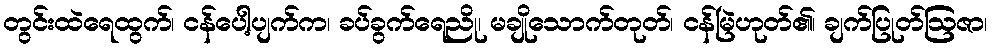
တွင်းထဲရေထွက်၊ ငန်ပေါ့ပျက်က၊ ခပ်ခွက်ရေညို၊ မချိုသောက်တုတ်၊ ငန်မြဲဟုတ်၏၊ ချက်ပြုတ်ဩဇာ၊